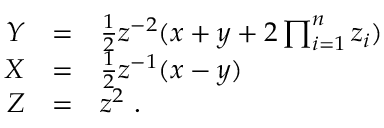
\begin{array} { r c l } { { Y } } & { { = } } & { { \frac { 1 } { 2 } z ^ { - 2 } ( x + y + 2 \prod _ { i = 1 } ^ { n } z _ { i } ) } } \\ { { X } } & { { = } } & { { \frac { 1 } { 2 } z ^ { - 1 } ( x - y ) } } \\ { { Z } } & { { = } } & { { z ^ { 2 } ~ . } } \end{array}